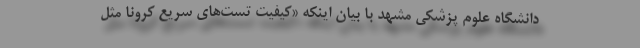
دانشگاه علوم پزشکی مشهد با بیان اینکه «کیفیت تست‌های سریع کرونا مثل